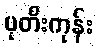
ပုတီးကုန်း